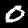
Label: 0